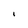
Character: I